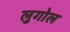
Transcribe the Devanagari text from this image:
लुगोल